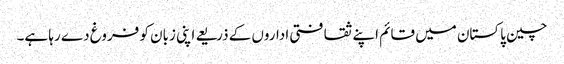
چین پاکستان میں قائم اپنے ثقافتی اداروں کے ذریعے اپنی زبان کو فروغ دے رہا ہے۔